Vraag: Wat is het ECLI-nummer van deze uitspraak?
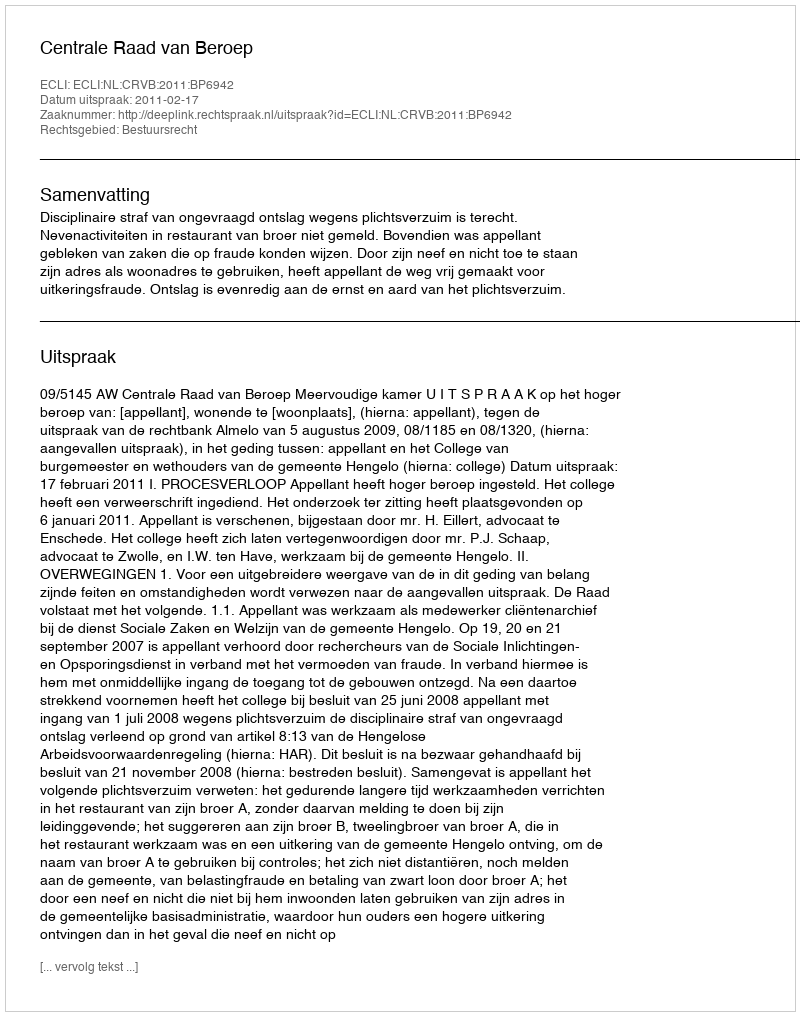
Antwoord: ECLI:NL:CRVB:2011:BP6942